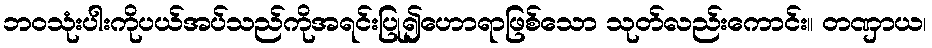
ဘဝသုံးပါးကိုပယ်အပ်သည်ကိုအရင်းပြု၍ဟောရာဖြစ်သော သုတ်လည်းကောင်း။ တဏှာယ၊